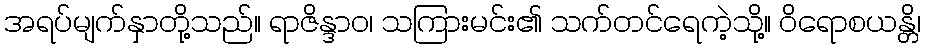
အရပ်မျက်နှာတို့သည်။ ရာဇိန္ဒာဝ၊ သကြားမင်း၏ သက်တင်ရေကဲ့သို့။ ဝိရောစယန္တိ၊